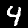
Digit: 4